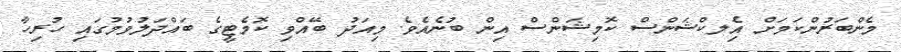
މެންބަރުންކަމަށް އިެލކްޝަންސް ކޮމިޝަންސް އިން ބުނެއެވެ. މިއަދު ބޭއްވި ކޮމެޓީގެ ބައްދަލުވުމުގައި ހުރިހާ